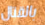
بالقتال